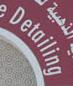
detailing